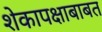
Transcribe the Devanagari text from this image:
शेकापक्षाबाबत